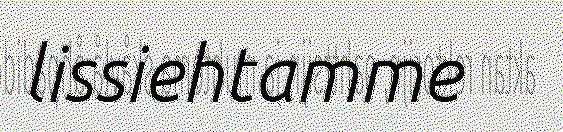
lissiehtamme